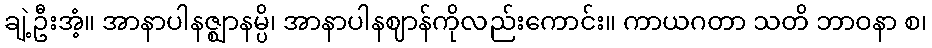
ချဲ့ဦးအံ့။ အာနာပါနဇ္ဈာနမ္ပိ၊ အာနာပါနဈာန်ကိုလည်းကောင်း။ ကာယဂတာ သတိ ဘာဝနာ စ၊